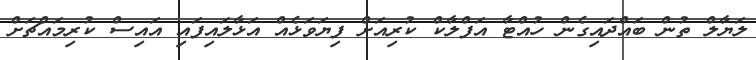
ލަޔާލް ތުން ބައްދައިގެން ހުއްޓާ އަފްލާކް ކުރިއަށް ފިޔަވަޅެއް އަޅާލައިފައި އައިސް ކުރިމައްޗަށް